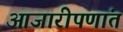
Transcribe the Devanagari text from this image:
आजारीपणांत